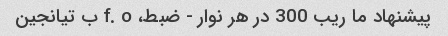
پیشنهاد ما ریب 300 در هر نوار - ضبط، f. o ب تیانجین